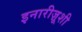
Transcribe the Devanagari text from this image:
इनारीज़ूशी